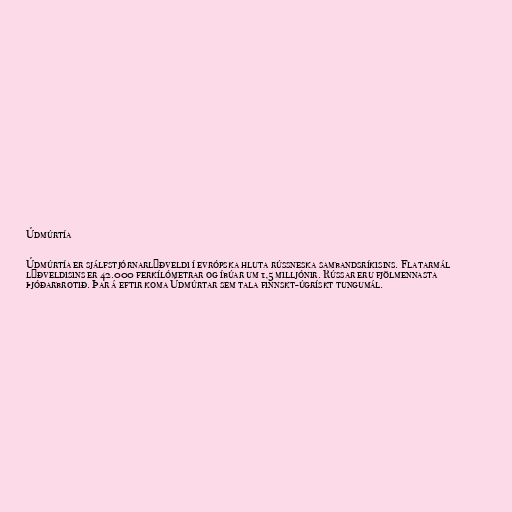
Údmúrtía

Údmúrtía er sjálfstjórnarlýðveldi í evrópska hluta rússneska sambandsríkisins. Flatarmál
lýðveldisins er 42.000 ferkílómetrar og íbúar um 1,5 milljónir. Rússar eru fjölmennasta
þjóðarbrotið. Þar á eftir koma Údmúrtar sem tala finnskt-úgrískt tungumál.